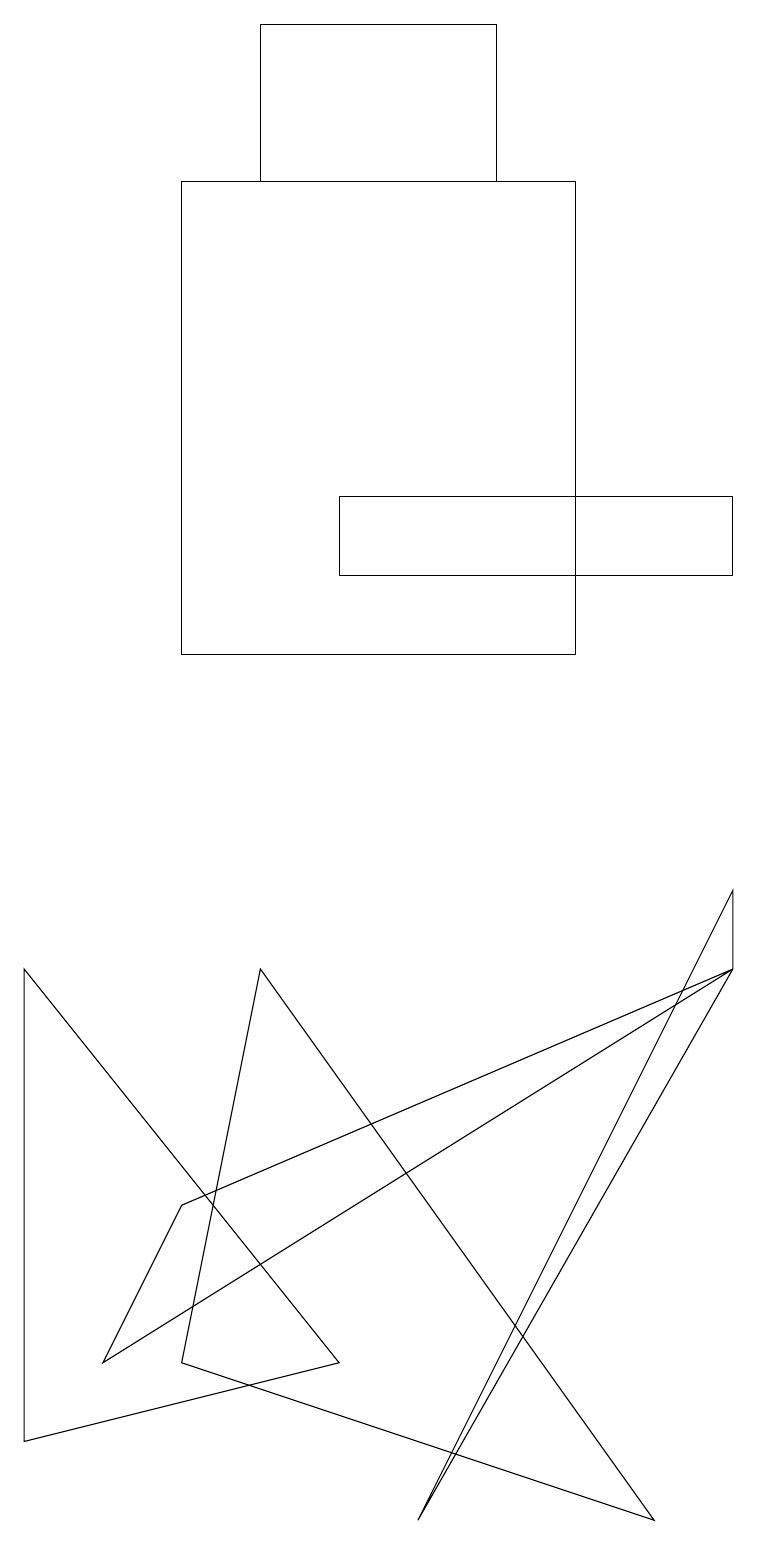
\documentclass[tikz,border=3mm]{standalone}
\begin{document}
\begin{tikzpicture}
\draw (6,17) rectangle (3,19);
\draw (9,13) rectangle (4,12);
\draw (5,0) -- (9,8) -- (9,7) -- cycle;
\draw (2,17) rectangle (7,11);
\draw (2,2) -- (3,7) -- (8,0) -- cycle;
\draw (9,7) -- (1,2) -- (2,4) -- cycle;
\draw (4,2) -- (0,1) -- (0,7) -- cycle;
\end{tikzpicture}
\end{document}